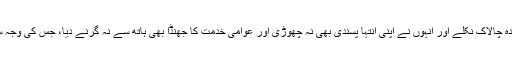
افسوس سے کہنا پڑتا ہے کہ انتہا پسند ہندو مسلمانوں سے زیادہ چالاک نکلے اور انہوں نے اپنی انتہا پسندی بھی نہ چھوڑی اور عوامی خدمت کا جھنڈا بھی ہاتھ سے نہ گرنے دیا، جس کی وجہ سے اگلے ہی الیکشن میں دوسری بار کامیابی ان کا مقدر رہی۔